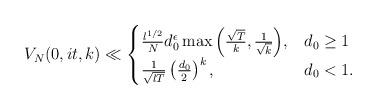
LaTeX: \begin{align*} V_N(0,it,k)\ll \begin{cases} \frac{l^{1/2}}{N}d_{0}^{\epsilon}\max{\left( \frac{\sqrt{T}}{k},\frac{1}{\sqrt{k}}\right)}, & d_0\geq 1\\ \frac{1}{\sqrt{lT}}\left( \frac{d_0}{2}\right)^k, & d_0<1. \end{cases}\end{align*}